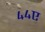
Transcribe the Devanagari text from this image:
४४ए